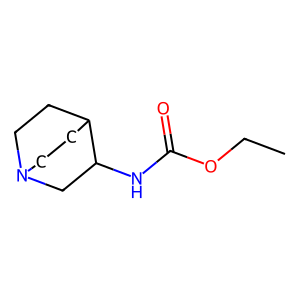
SMILES: CCOC(=O)NC1CN2CCC1CC2
Inhibits HIV replication: No